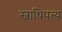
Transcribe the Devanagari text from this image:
स्वाधिपत्य